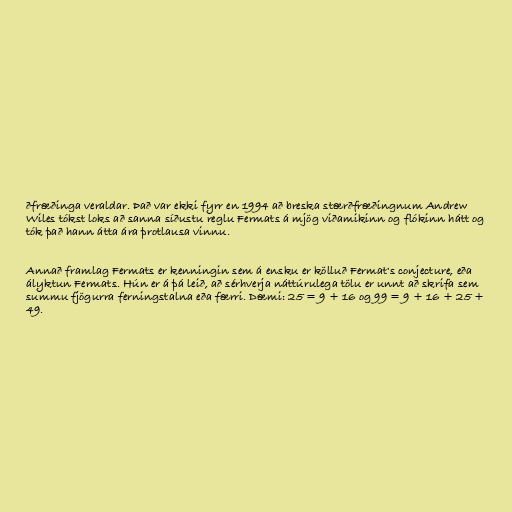
ðfræðinga veraldar. Það var ekki fyrr en 1994 að breska stærðfræðingnum Andrew
Wiles tókst loks að sanna síðustu reglu Fermats á mjög viðamikinn og flókinn hátt og
tók það hann átta ára þrotlausa vinnu.

Annað framlag Fermats er kenningin sem á ensku er kölluð Fermat's conjecture, eða
ályktun Fermats. Hún er á þá leið, að sérhverja náttúrulega tölu er unnt að skrifa sem
summu fjögurra ferningstalna eða færri. Dæmi: 25 = 9 + 16 og 99 = 9 + 16 + 25 +
49.